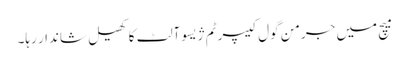
میچ میں جرمن گول کیپر ٹم ژیسوآلٹ کا کھیل شاندار رہا۔